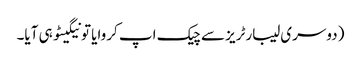
(دوسری لیبارٹریز سے چیک اپ کروایا تو نیگیٹو ہی آیا۔